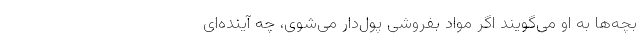
بچه‌ها به او می‌گویند اگر مواد بفروشی پول‌دار می‌شوی، چه آینده‌ای